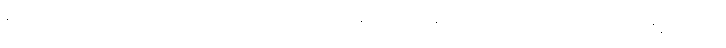
ခေါ်ကြတယ်၊ သံယုတ်အဋ္ဌကထာ ပုဂ္ဂလပညတ် အဋ္ဌကထာများကို ထောက်ဆကြည့်မယ် ဆိုရင်တော့